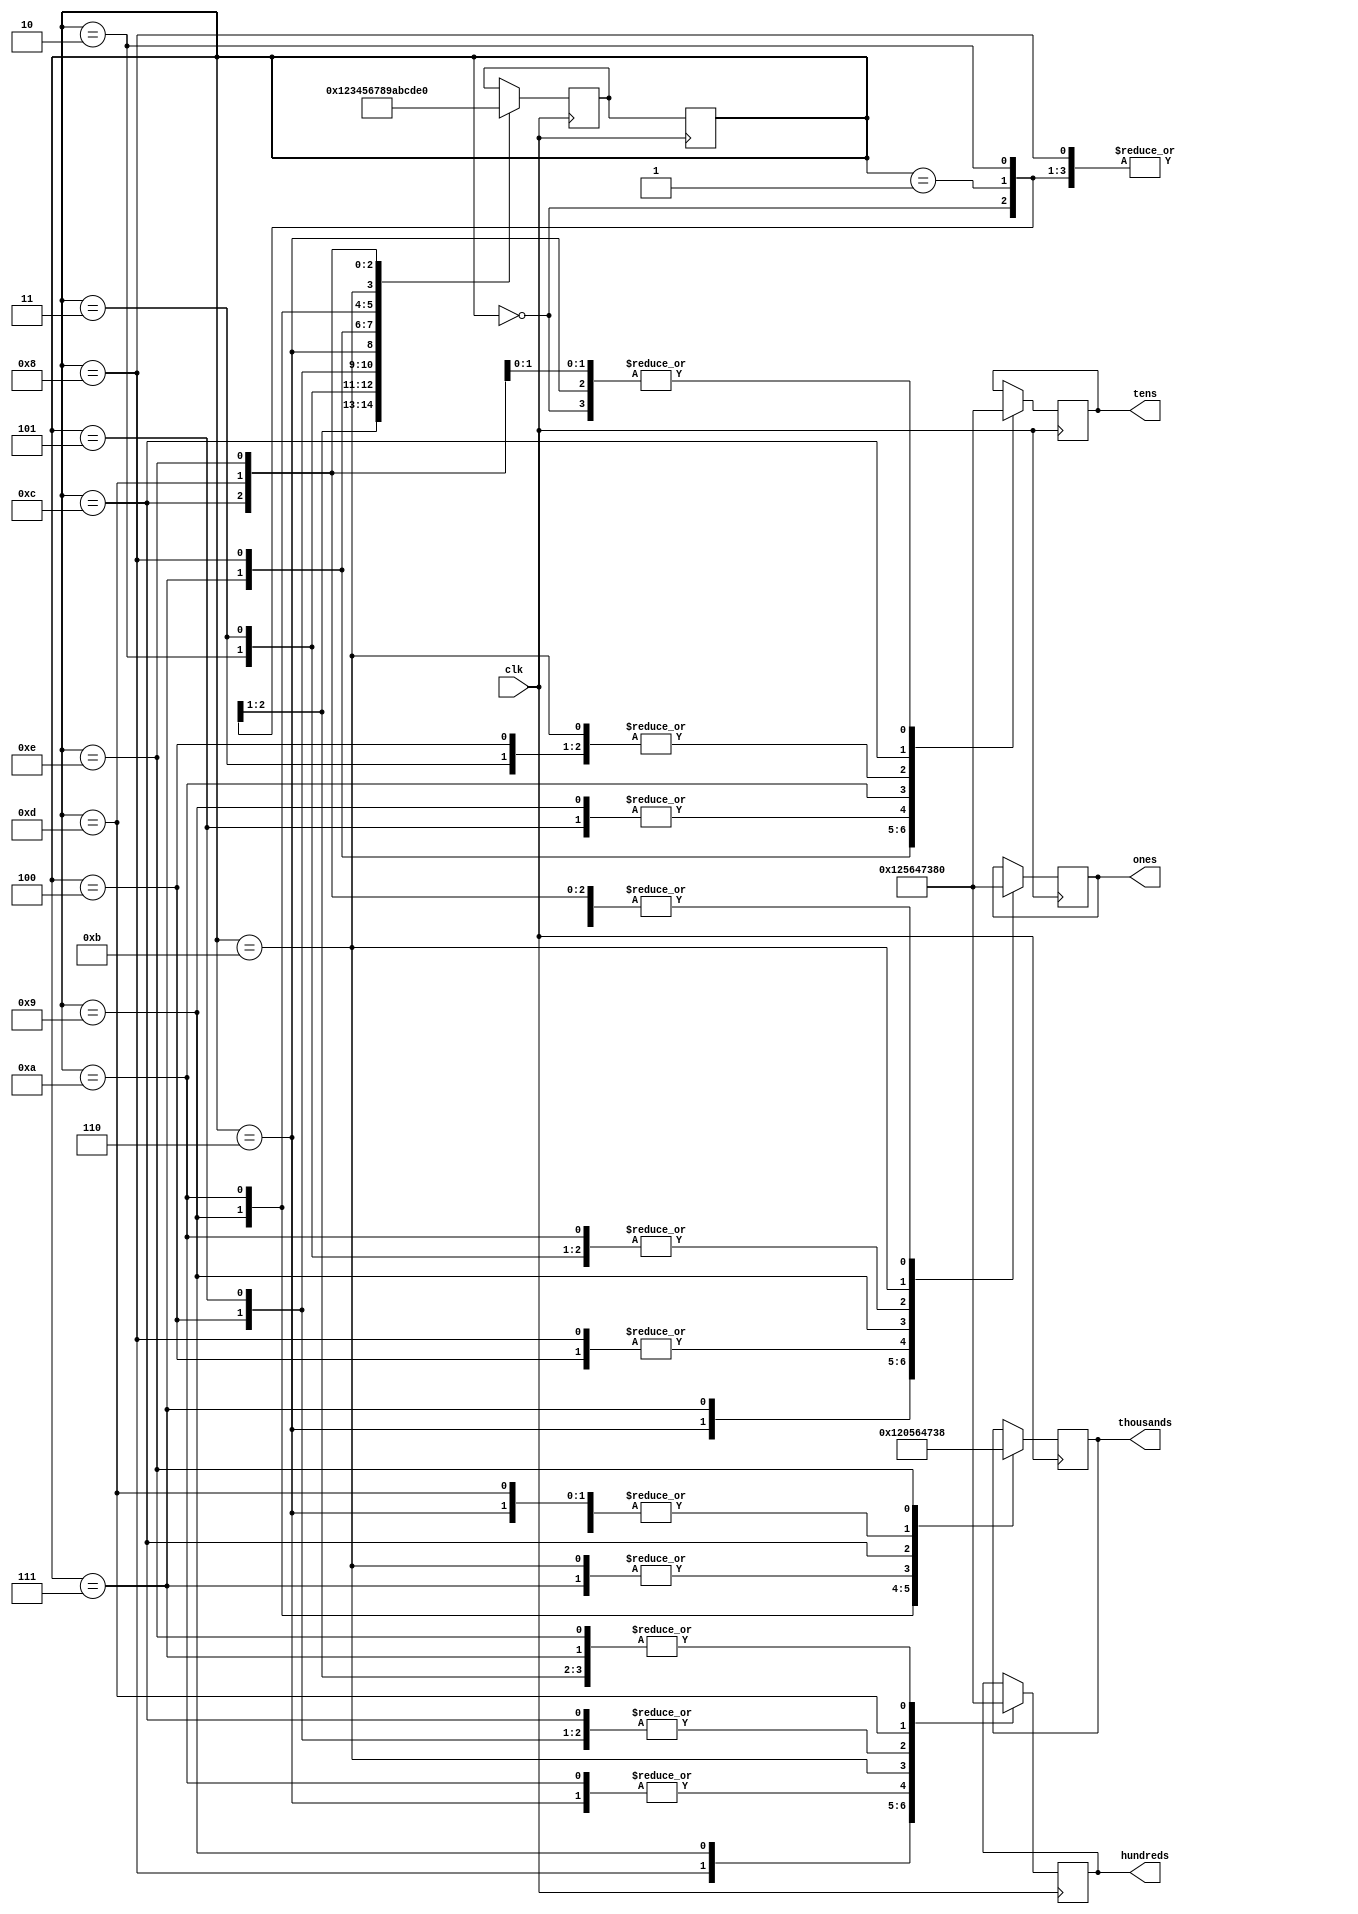
module FSM(
    input clk,
    output reg[3:0] ones =0,
    output reg[3:0] tens = 0,
    output reg[3:0] hundreds = 0,
    output reg[3:0] thousands = 0);
    parameter s0 = 4'd0 ,s1 = 4'd1, s2 = 4'd2, s3 = 4'd3, s4 = 4'd4, s5 = 4'd5, s6 = 4'd6, s7 = 4'd7, s8 = 4'd8, s9 = 4'd9, s10=  4'd10, s11 = 4'd11, s12 = 4'd12, s13 = 4'd13,s14 = 4'd14;
    reg[3:0] ps = 0, ns = 0;
    always@(posedge clk)
    begin
        ps<= ns;
    end
    always@(posedge clk)
    begin
        case(ps)
            s0:
            begin
                ones<= 1;
                tens<= 0;
                hundreds<= 0;
                thousands<= 0;
                ns<=s1;
            end
            s1:
            begin
                thousands<=0;
                hundreds<=0;
                tens<=1;
                ones<=2;
                ns<=s2;
            end
            s2:
            begin
                thousands<=0;
                hundreds<=1;
                tens<=2;
                ones<=3;
                ns<=s3;
            end
            s3:
            begin
                thousands<=1;
                hundreds<=2;
                tens<=3;
                ones<=3;
                ns<=s4;
            end
            s4:
            begin
                thousands<=2;
                hundreds<=3;
                tens<=3;
                ones<=4;
                ns<=s5;
            end
            s5:
            begin
                thousands<=3;
                hundreds<=3;
                tens<=4;
                ones<=0;
                ns<=s6;
            end
            s6:
            begin
                ns<=s7;
                thousands<=3;
                hundreds<=4;
                tens<=0;
                ones<=5;
            end
            s7:
            begin
                ns<=s8;
                thousands<=4;
                hundreds<=0;
                tens<=5;
                ones<=6;
            end
            s8:
            begin
                ns<=s9;
                thousands<=0;
                hundreds<=5;
                tens<=6;
                ones<=4;
            end
            s9:
            begin
                ns<=s10;
                thousands<=5;
                hundreds<=6;
                tens<=4;
                ones<=7;
            end
            s10:
            begin
                ns<=s11;
                thousands<=6;
                hundreds<=4;
                tens<=7;
                ones<=3;
            end
            s11:
            begin
                ns<=s12;
                thousands<=4;
                hundreds<=7;
                tens<=3;
                ones<=8;
            end
            s12:
            begin
                ns<=s13;
                thousands<=7;
                hundreds<=3;
                tens<=8;
                ones<=0;
            end
            s13:
            begin
                ns<=s14;
                thousands<=3;
                hundreds<=8;
                tens<=0;
                ones<=0;
            end
             s14:
           begin
                ns<=s0;
               thousands<=8;
               hundreds<=0;
               tens<=0;
               ones<=0;
           end
            
        endcase
    end
    endmodule